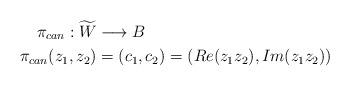
LaTeX: \begin{align*}\pi_{can}: \widetilde{W} & \longrightarrow B \\\pi_{can}(z_1,z_2) & = (c_1,c_2) = \left( Re(z_1z_2), Im(z_1z_2) \right)\end{align*}